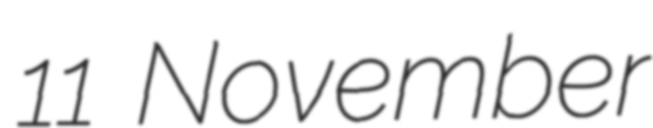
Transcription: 11 November